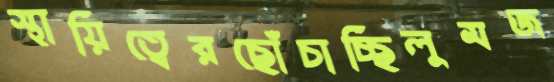
স্থায়িত্বেরছোঁচাচ্ছিলুমজ